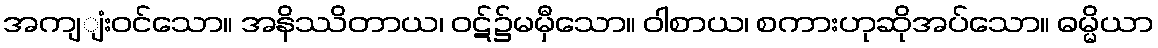
အကျျံးဝင်သော။ အနိဿိတာယ၊ ဝဋ်၌မမှီသော။ ဝါစာယ၊ စကားဟုဆိုအပ်သော။ ဓမ္မိယာ